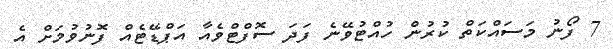
7 ފޯނު މަސައްކަތް ކުރުން ހުއްޓުވޭނެ ފަދަ ސޮފްޓްވެއާ އަޕްޑޭޓެއް ފޮނުވުމަށް އެ